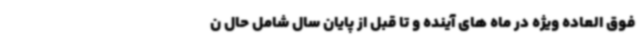
فوق العاده ویژه در ماه های آینده و تا قبل از پایان سال شامل حال ن